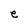
Character: e